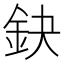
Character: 鈌